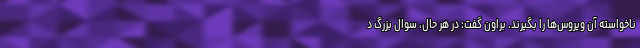
ناخواسته آن ویروس‌ها را بگیرند. براون گفت: در هر حال، سوال بزرگ د